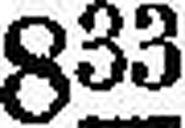
833